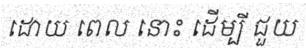
ដោយ ពេល នោះ ដើម្បី ជួយ